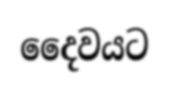
දෛවයට